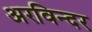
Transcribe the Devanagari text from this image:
अरविन्दर